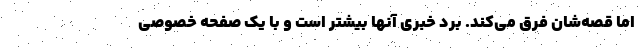
اما قصه‌شان فرق می‌کند. بُرد خبری آنها بیشتر است و با یک صفحه خصوصی